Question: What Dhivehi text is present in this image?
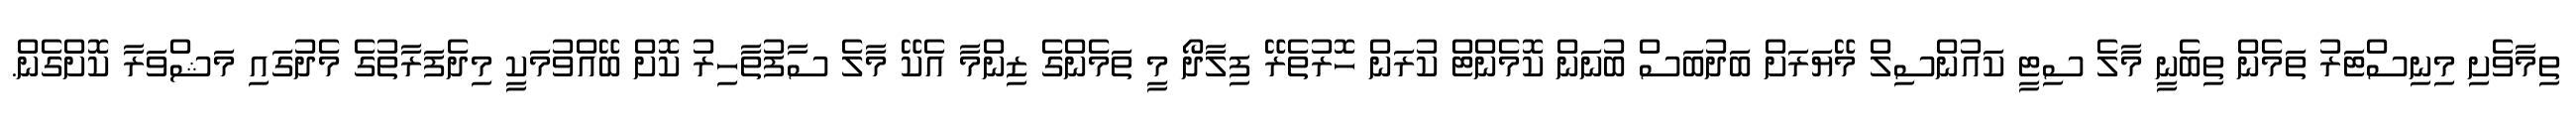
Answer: ތިމާވެށި މިނިސްޓަރު ތަމެން ތިބެނީ މާލެ ސިޓީ ކައުންސިލް މޭޔަރަށް ބަދުބަސް ބުނަން ކޮމެންޓް ކުރަން ހޮރުތެރޭ ފިލާދޯ މީ ތަމެންގެ ޒިންމާ އެކޭ މާލެ ސާފުތާހިރު ކޮށް ބޭއްވުމަކީ މިދެފަރާތުގެ މެދުގައި މަޝްވަރާ ކޮށްގެން.